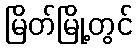
မြိတ်မြို့တွင်